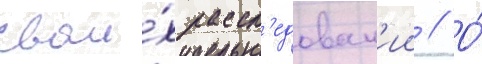
свои́х рассл'едован'ии // О́